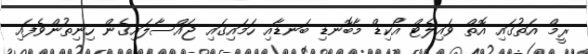
ރީމް އަތުގައި އޮތް ވައިލެޓް އޯކިޑް މާބޮނޑި ބަނޑާއި ހަމައިގައި ޖައްސާލައިގެން ހިނިތުންވެފައި